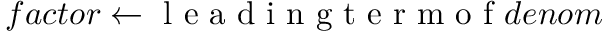
f a c t o r \gets \mathrm { ~ l ~ e ~ a ~ d ~ i ~ n ~ g ~ t ~ e ~ r ~ m ~ o ~ f ~ } d e n o m